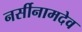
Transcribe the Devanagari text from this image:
नर्सीनामदेव